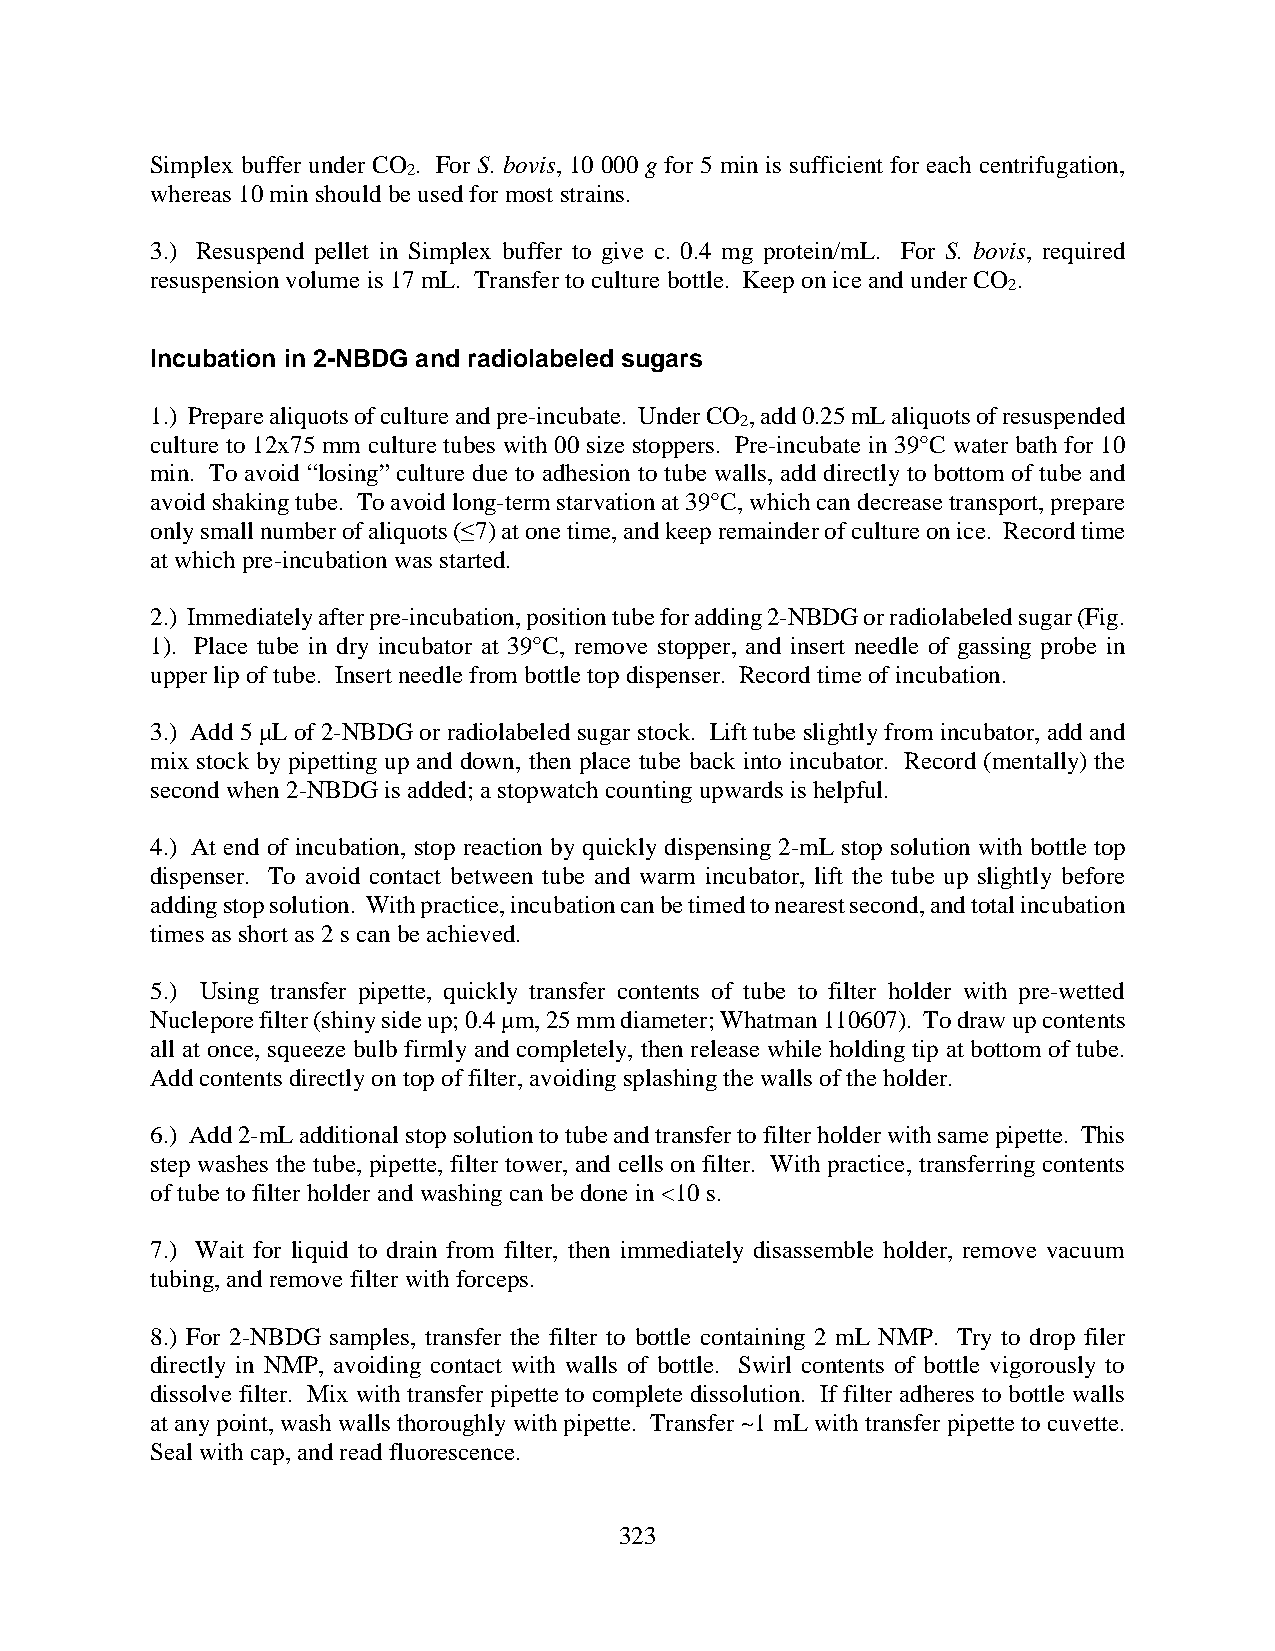
Simplex buffer under CO . For S. bovis, 10 000 g for 5 min is sufficient for each centrifugation,
 2
 whereas 10 min should be used for most strains.
 3.) Resuspend pellet in Simplex buffer to give c. 0.4 mg protein/mL. For S. bovis, required
 resuspension volume is 17 mL. Transfer to culture bottle. Keep on ice and under CO .
 2
 Incubation in 2-NBDG and radiolabeled sugars
 1.) Prepare aliquots of culture and pre-incubate. Under CO , add 0.25 mL aliquots of resuspended
 2
 culture to 12x75 mm culture tubes with 00 size stoppers. Pre-incubate in 39°C water bath for 10
 min. To avoid “losing” culture due to adhesion to tube walls, add directly to bottom of tube and
 avoid shaking tube. To avoid long-term starvation at 39°C, which can decrease transport, prepare
 only small number of aliquots (≤7) at one time, and keep remainder of culture on ice. Record time
 at which pre-incubation was started.
 2.) Immediately after pre-incubation, position tube for adding 2-NBDG or radiolabeled sugar (Fig.
 1). Place tube in dry incubator at 39°C, remove stopper, and insert needle of gassing probe in
 upper lip of tube. Insert needle from bottle top dispenser. Record time of incubation.
 3.) Add 5 μL of 2-NBDG or radiolabeled sugar stock. Lift tube slightly from incubator, add and
 mix stock by pipetting up and down, then place tube back into incubator. Record (mentally) the
 second when 2-NBDG is added; a stopwatch counting upwards is helpful.
 4.) At end of incubation, stop reaction by quickly dispensing 2-mL stop solution with bottle top
 dispenser. To avoid contact between tube and warm incubator, lift the tube up slightly before
 adding stop solution. With practice, incubation can be timed to nearest second, and total incubation
 times as short as 2 s can be achieved.
 5.) Using transfer pipette, quickly transfer contents of tube to filter holder with pre-wetted
 Nuclepore filter (shiny side up; 0.4 μm, 25 mm diameter; Whatman 110607). To draw up contents
 all at once, squeeze bulb firmly and completely, then release while holding tip at bottom of tube.
 Add contents directly on top of filter, avoiding splashing the walls of the holder.
 6.) Add 2-mL additional stop solution to tube and transfer to filter holder with same pipette. This
 step washes the tube, pipette, filter tower, and cells on filter. With practice, transferring contents
 of tube to filter holder and washing can be done in <10 s.
 7.) Wait for liquid to drain from filter, then immediately disassemble holder, remove vacuum
 tubing, and remove filter with forceps.
 8.) For 2-NBDG samples, transfer the filter to bottle containing 2 mL NMP. Try to drop filer
 directly in NMP, avoiding contact with walls of bottle. Swirl contents of bottle vigorously to
 dissolve filter. Mix with transfer pipette to complete dissolution. If filter adheres to bottle walls
 at any point, wash walls thoroughly with pipette. Transfer ~1 mL with transfer pipette to cuvette.
 Seal with cap, and read fluorescence.
 323